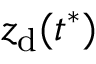
z _ { \mathrm { d } } ( t ^ { * } )